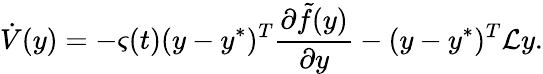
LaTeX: \dot{V}(y)=-\varsigma(t)(y-y^{*})^{T}\frac{\partial\tilde{f}(y)}{\partial y}-(y-y^{*})^{T}\mathcal{L}y.